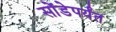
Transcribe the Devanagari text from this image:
सोंडेपर्यंत